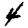
Digit: 4